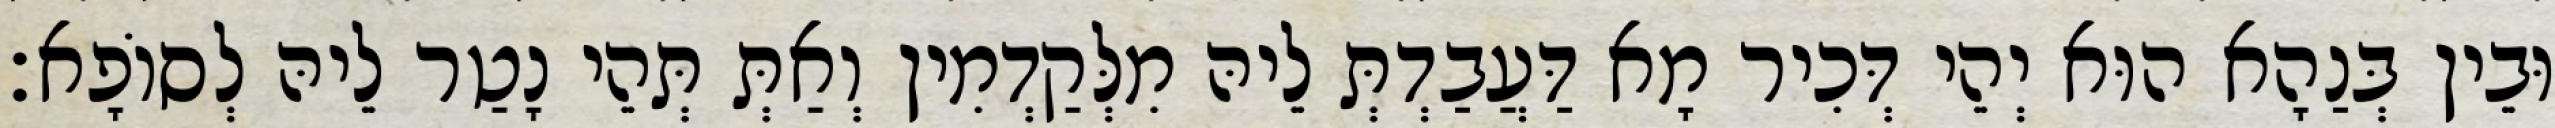
וּבֵין בְּנַהָא הוּא יְהֵי דְּכִיר מָא דַּעֲבַדְתְּ לֵיהּ מִלְּקַדְמִין וְאַתְּ תְּהֵי נָטַר לֵיהּ לְסוֹפָא׃